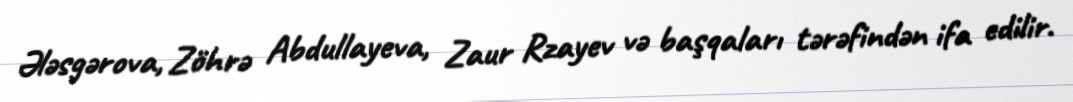
Ələsgərova, Zöhrə Abdullayeva, Zaur Rzayev və başqaları tərəfindən ifa edilir.